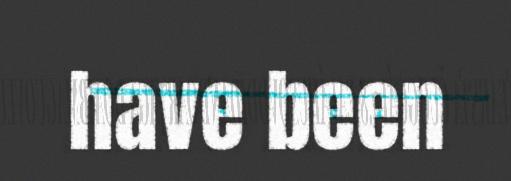
have been